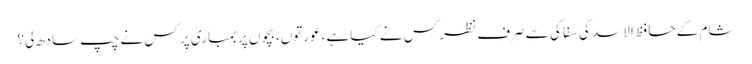
شام کے حافظ الاسد کی سفا کی سے صرف نظر کس نے کیا ہے،عورتوں، بچوں پر بمباری پر کس نے چپ سادھ لی؟